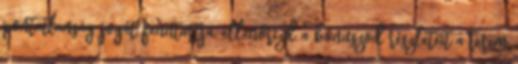
pontatlanság jogát fenntartja, ellenőrízd a bónuszod részleteit a terem